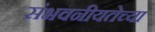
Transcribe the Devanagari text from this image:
संभवनीयतेच्या